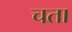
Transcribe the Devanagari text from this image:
चता